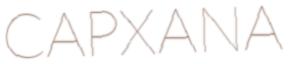
CAPXANA